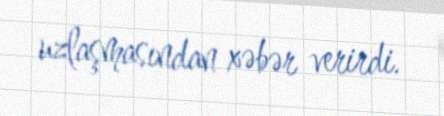
uzlaşmasından xəbər verirdi.